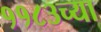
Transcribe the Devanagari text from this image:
११८३च्या